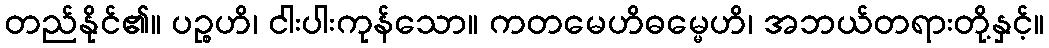
တည်နိုင်၏။ ပဉ္စဟိ၊ ငါးပါးကုန်သော။ ကတမေဟိဓမ္မေဟိ၊ အဘယ်တရားတို့နှင့်။